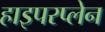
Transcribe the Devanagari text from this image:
हाइपरप्लेन